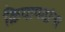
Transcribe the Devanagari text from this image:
क्रियापदांना